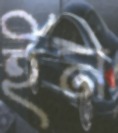
ইন